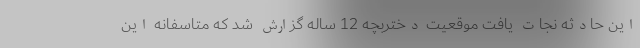
این حادثه نجات یافت موقعیت دختربچه 12 ساله گزارش شد که متاسفانه این